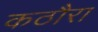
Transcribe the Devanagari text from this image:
कठौरा